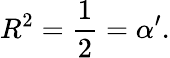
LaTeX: R^{2}=\frac{1}{2}=\alpha^{\prime}.